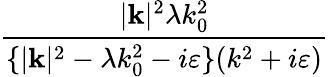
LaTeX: \frac{|\mathbf{k}|^{2}\lambda k_{0}^{2}}{\{ |\mathbf{k}|^{2}-\lambda k_{0}^{2}-i\varepsilon\} (k^{2}+i\varepsilon)}